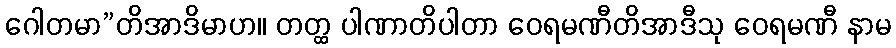
ဂေါတမာ”တိအာဒိမာဟ။ တတ္ထ ပါဏာတိပါတာ ဝေရမဏီတိအာဒီသု ဝေရမဏီ နာမ